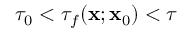
\tau _ { 0 } < \tau _ { f } ( \mathbf { x } ; \mathbf { x } _ { 0 } ) < \tau